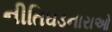
નીતિઘડનારાઓ